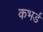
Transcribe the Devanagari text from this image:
कभर्ड